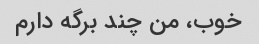
خوب، من چند برگه دارم